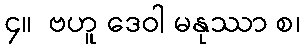
၄။  ဗဟူ ဒေဝါ မနုဿာ စ၊